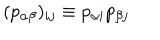
( p _ { \alpha \beta } ) _ { i j } \equiv p _ { \alpha i } p _ { \beta j }